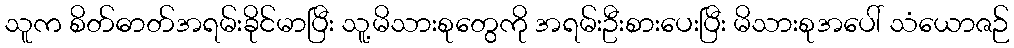
သူက စိတ်ဓာတ်အရမ်းခိုင်မာပြီး သူ့မိသားစုတွေကို အရမ်းဦးစားပေးပြီး မိသားစုအပေါ် သံယောဇဉ်